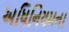
અધિનિયમના